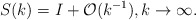
\begin{align*}&S(k)=I+\mathcal{O}(k^{-1}),k\rightarrow\infty.\end{align*}